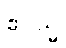
ဧဝသ္မိ